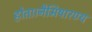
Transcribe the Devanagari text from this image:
होता।नैमिषारण्य